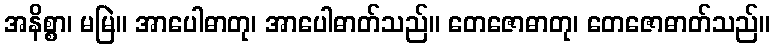
အနိစ္စာ၊ မမြဲ။ အာပေါဓာတု၊ အာပေါဓာတ်သည်။ တေဇောဓာတု၊ တေဇောဓာတ်သည်။